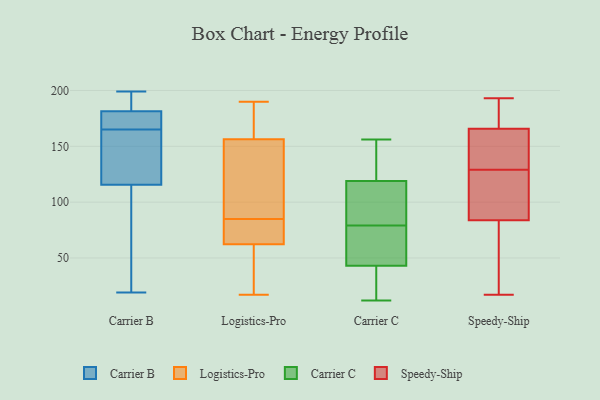
{"axis": {"x": "Bounce Rate (%)", "y": "Value"}, "legend": ["Carrier B", "Carrier C", "Logistics-Pro", "Speedy-Ship"], "data": [{"x": "", "y": 141, "type": "Carrier B"}, {"x": "", "y": 174, "type": "Carrier B"}, {"x": "", "y": 149, "type": "Carrier B"}, {"x": "", "y": 168, "type": "Carrier B"}, {"x": "", "y": 96, "type": "Carrier B"}, {"x": "", "y": 177, "type": "Carrier B"}, {"x": "", "y": 183, "type": "Carrier B"}, {"x": "", "y": 22, "type": "Carrier B"}, {"x": "", "y": 194, "type": "Carrier B"}, {"x": "", "y": 199, "type": "Carrier B"}, {"x": "", "y": 188, "type": "Carrier B"}, {"x": "", "y": 150, "type": "Carrier B"}, {"x": "", "y": 19, "type": "Carrier B"}, {"x": "", "y": 165, "type": "Carrier B"}, {"x": "", "y": 107, "type": "Carrier B"}, {"x": "", "y": 172, "type": "Logistics-Pro"}, {"x": "", "y": 53, "type": "Logistics-Pro"}, {"x": "", "y": 150, "type": "Logistics-Pro"}, {"x": "", "y": 17, "type": "Logistics-Pro"}, {"x": "", "y": 64, "type": "Logistics-Pro"}, {"x": "", "y": 60, "type": "Logistics-Pro"}, {"x": "", "y": 190, "type": "Logistics-Pro"}, {"x": "", "y": 63, "type": "Logistics-Pro"}, {"x": "", "y": 151, "type": "Logistics-Pro"}, {"x": "", "y": 87, "type": "Logistics-Pro"}, {"x": "", "y": 173, "type": "Logistics-Pro"}, {"x": "", "y": 85, "type": "Logistics-Pro"}, {"x": "", "y": 60, "type": "Logistics-Pro"}, {"x": "", "y": 81, "type": "Logistics-Pro"}, {"x": "", "y": 179, "type": "Logistics-Pro"}, {"x": "", "y": 63, "type": "Logistics-Pro"}, {"x": "", "y": 91, "type": "Logistics-Pro"}, {"x": "", "y": 71, "type": "Carrier C"}, {"x": "", "y": 68, "type": "Carrier C"}, {"x": "", "y": 43, "type": "Carrier C"}, {"x": "", "y": 119, "type": "Carrier C"}, {"x": "", "y": 21, "type": "Carrier C"}, {"x": "", "y": 136, "type": "Carrier C"}, {"x": "", "y": 102, "type": "Carrier C"}, {"x": "", "y": 156, "type": "Carrier C"}, {"x": "", "y": 12, "type": "Carrier C"}, {"x": "", "y": 87, "type": "Carrier C"}, {"x": "", "y": 155, "type": "Speedy-Ship"}, {"x": "", "y": 190, "type": "Speedy-Ship"}, {"x": "", "y": 129, "type": "Speedy-Ship"}, {"x": "", "y": 140, "type": "Speedy-Ship"}, {"x": "", "y": 180, "type": "Speedy-Ship"}, {"x": "", "y": 105, "type": "Speedy-Ship"}, {"x": "", "y": 116, "type": "Speedy-Ship"}, {"x": "", "y": 193, "type": "Speedy-Ship"}, {"x": "", "y": 17, "type": "Speedy-Ship"}, {"x": "", "y": 85, "type": "Speedy-Ship"}, {"x": "", "y": 161, "type": "Speedy-Ship"}, {"x": "", "y": 80, "type": "Speedy-Ship"}, {"x": "", "y": 50, "type": "Speedy-Ship"}]}